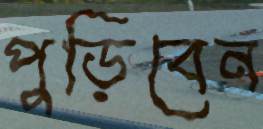
পুড়িবেন